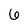
Character: 6